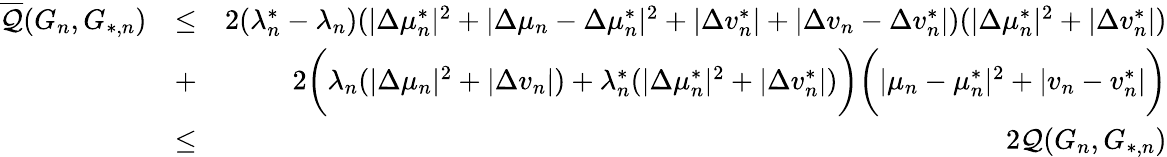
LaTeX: \begin{array}{rlr}{\overline{{\mathcal{Q}}}(G_{n},G_{*,n})}&{\leq}&{2(\lambda_{n}^{*}-\lambda_{n})(|\Delta\mu_{n}^{*}|^{2}+|\Delta\mu_{n}-\Delta\mu_{n}^{*}|^{2}+|\Delta v_{n}^{*}|+|\Delta v_{n}-\Delta v_{n}^{*}|)(|\Delta\mu_{n}^{*}|^{2}+|\Delta v_{n}^{*}|)}\\ &{+}&{2\biggr(\lambda_{n}(|\Delta\mu_{n}|^{2}+|\Delta v_{n}|)+\lambda_{n}^{*}(|\Delta\mu_{n}^{*}|^{2}+|\Delta v_{n}^{*}|)\biggr)\biggr(|\mu_{n}-\mu_{n}^{*}|^{2}+|v_{n}-v_{n}^{*}|\biggr)}\\ &{\leq}&{2\mathcal{Q}(G_{n},G_{*,n})}\end{array}